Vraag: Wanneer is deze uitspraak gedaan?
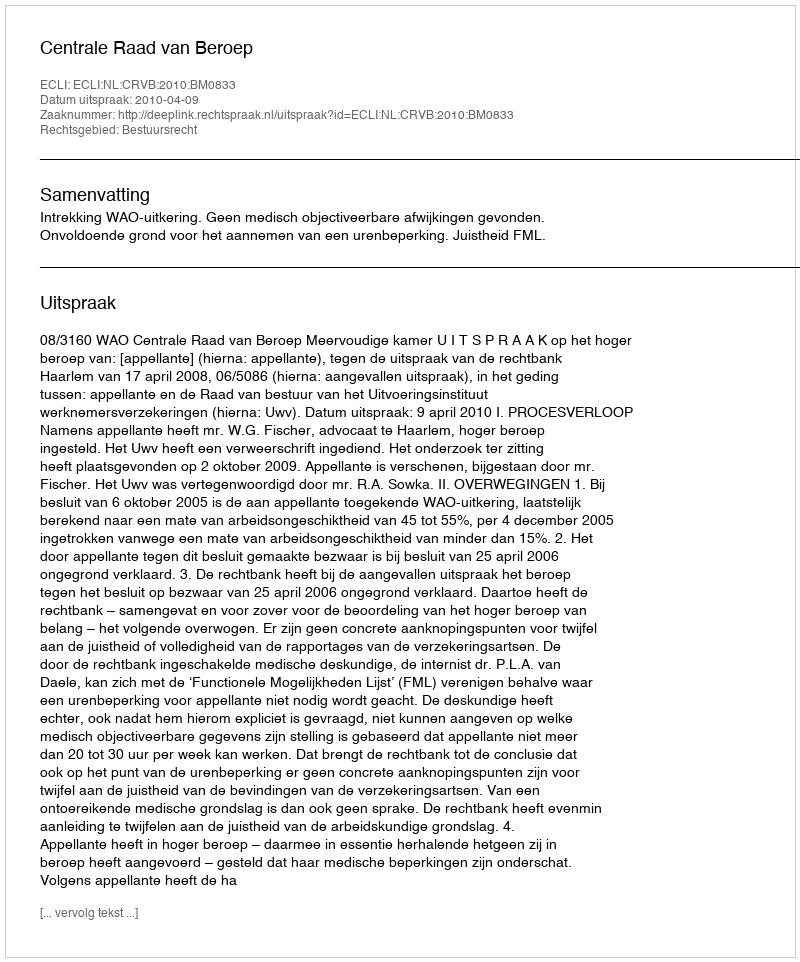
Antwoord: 2010-04-09